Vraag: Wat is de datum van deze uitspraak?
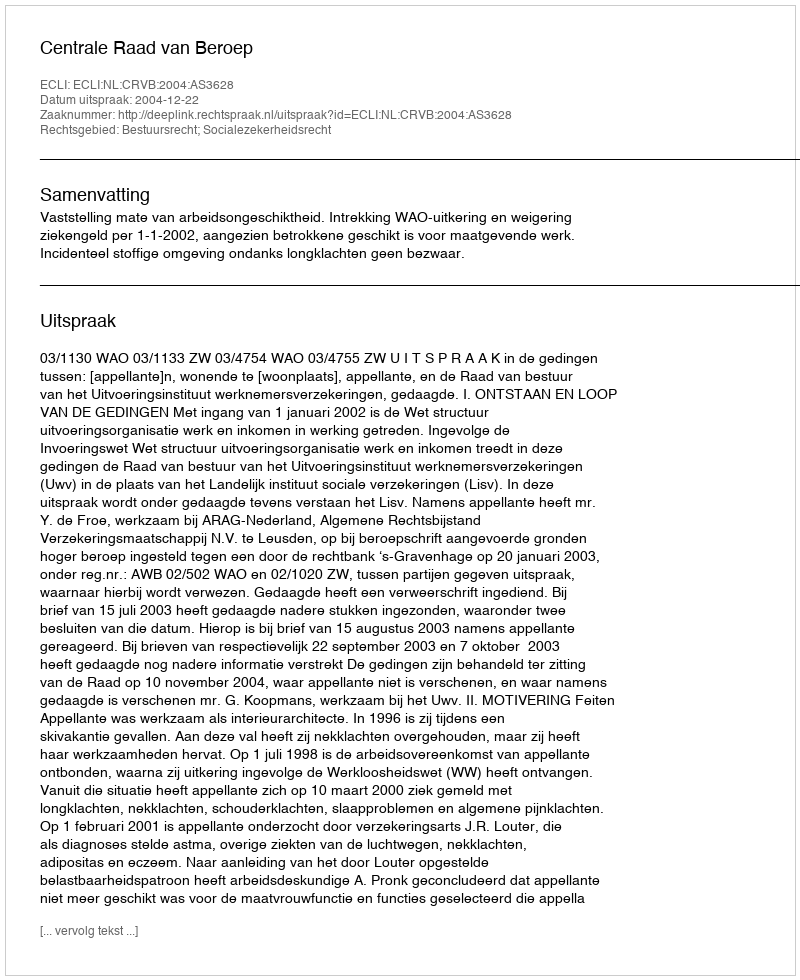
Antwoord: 2004-12-22